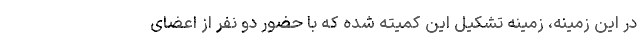
در این زمینه، زمینه تشکیل این کمیته شده که با حضور دو نفر از اعضای